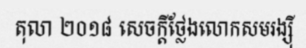
តុលា ២០១៨ សេចក្តីថ្លែងលោកសមរង្ស៊ី